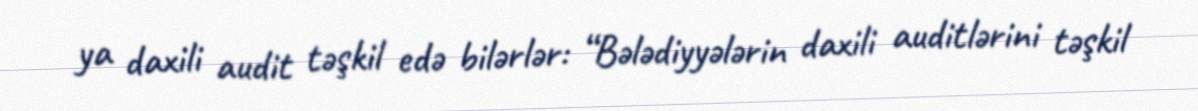
ya daxili audit təşkil edə bilərlər: “Bələdiyyələrin daxili auditlərini təşkil